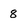
Character: 8